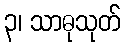
၃၊ သာဓုသုတ်